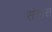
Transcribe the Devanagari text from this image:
संत्रांस